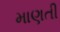
માણતી